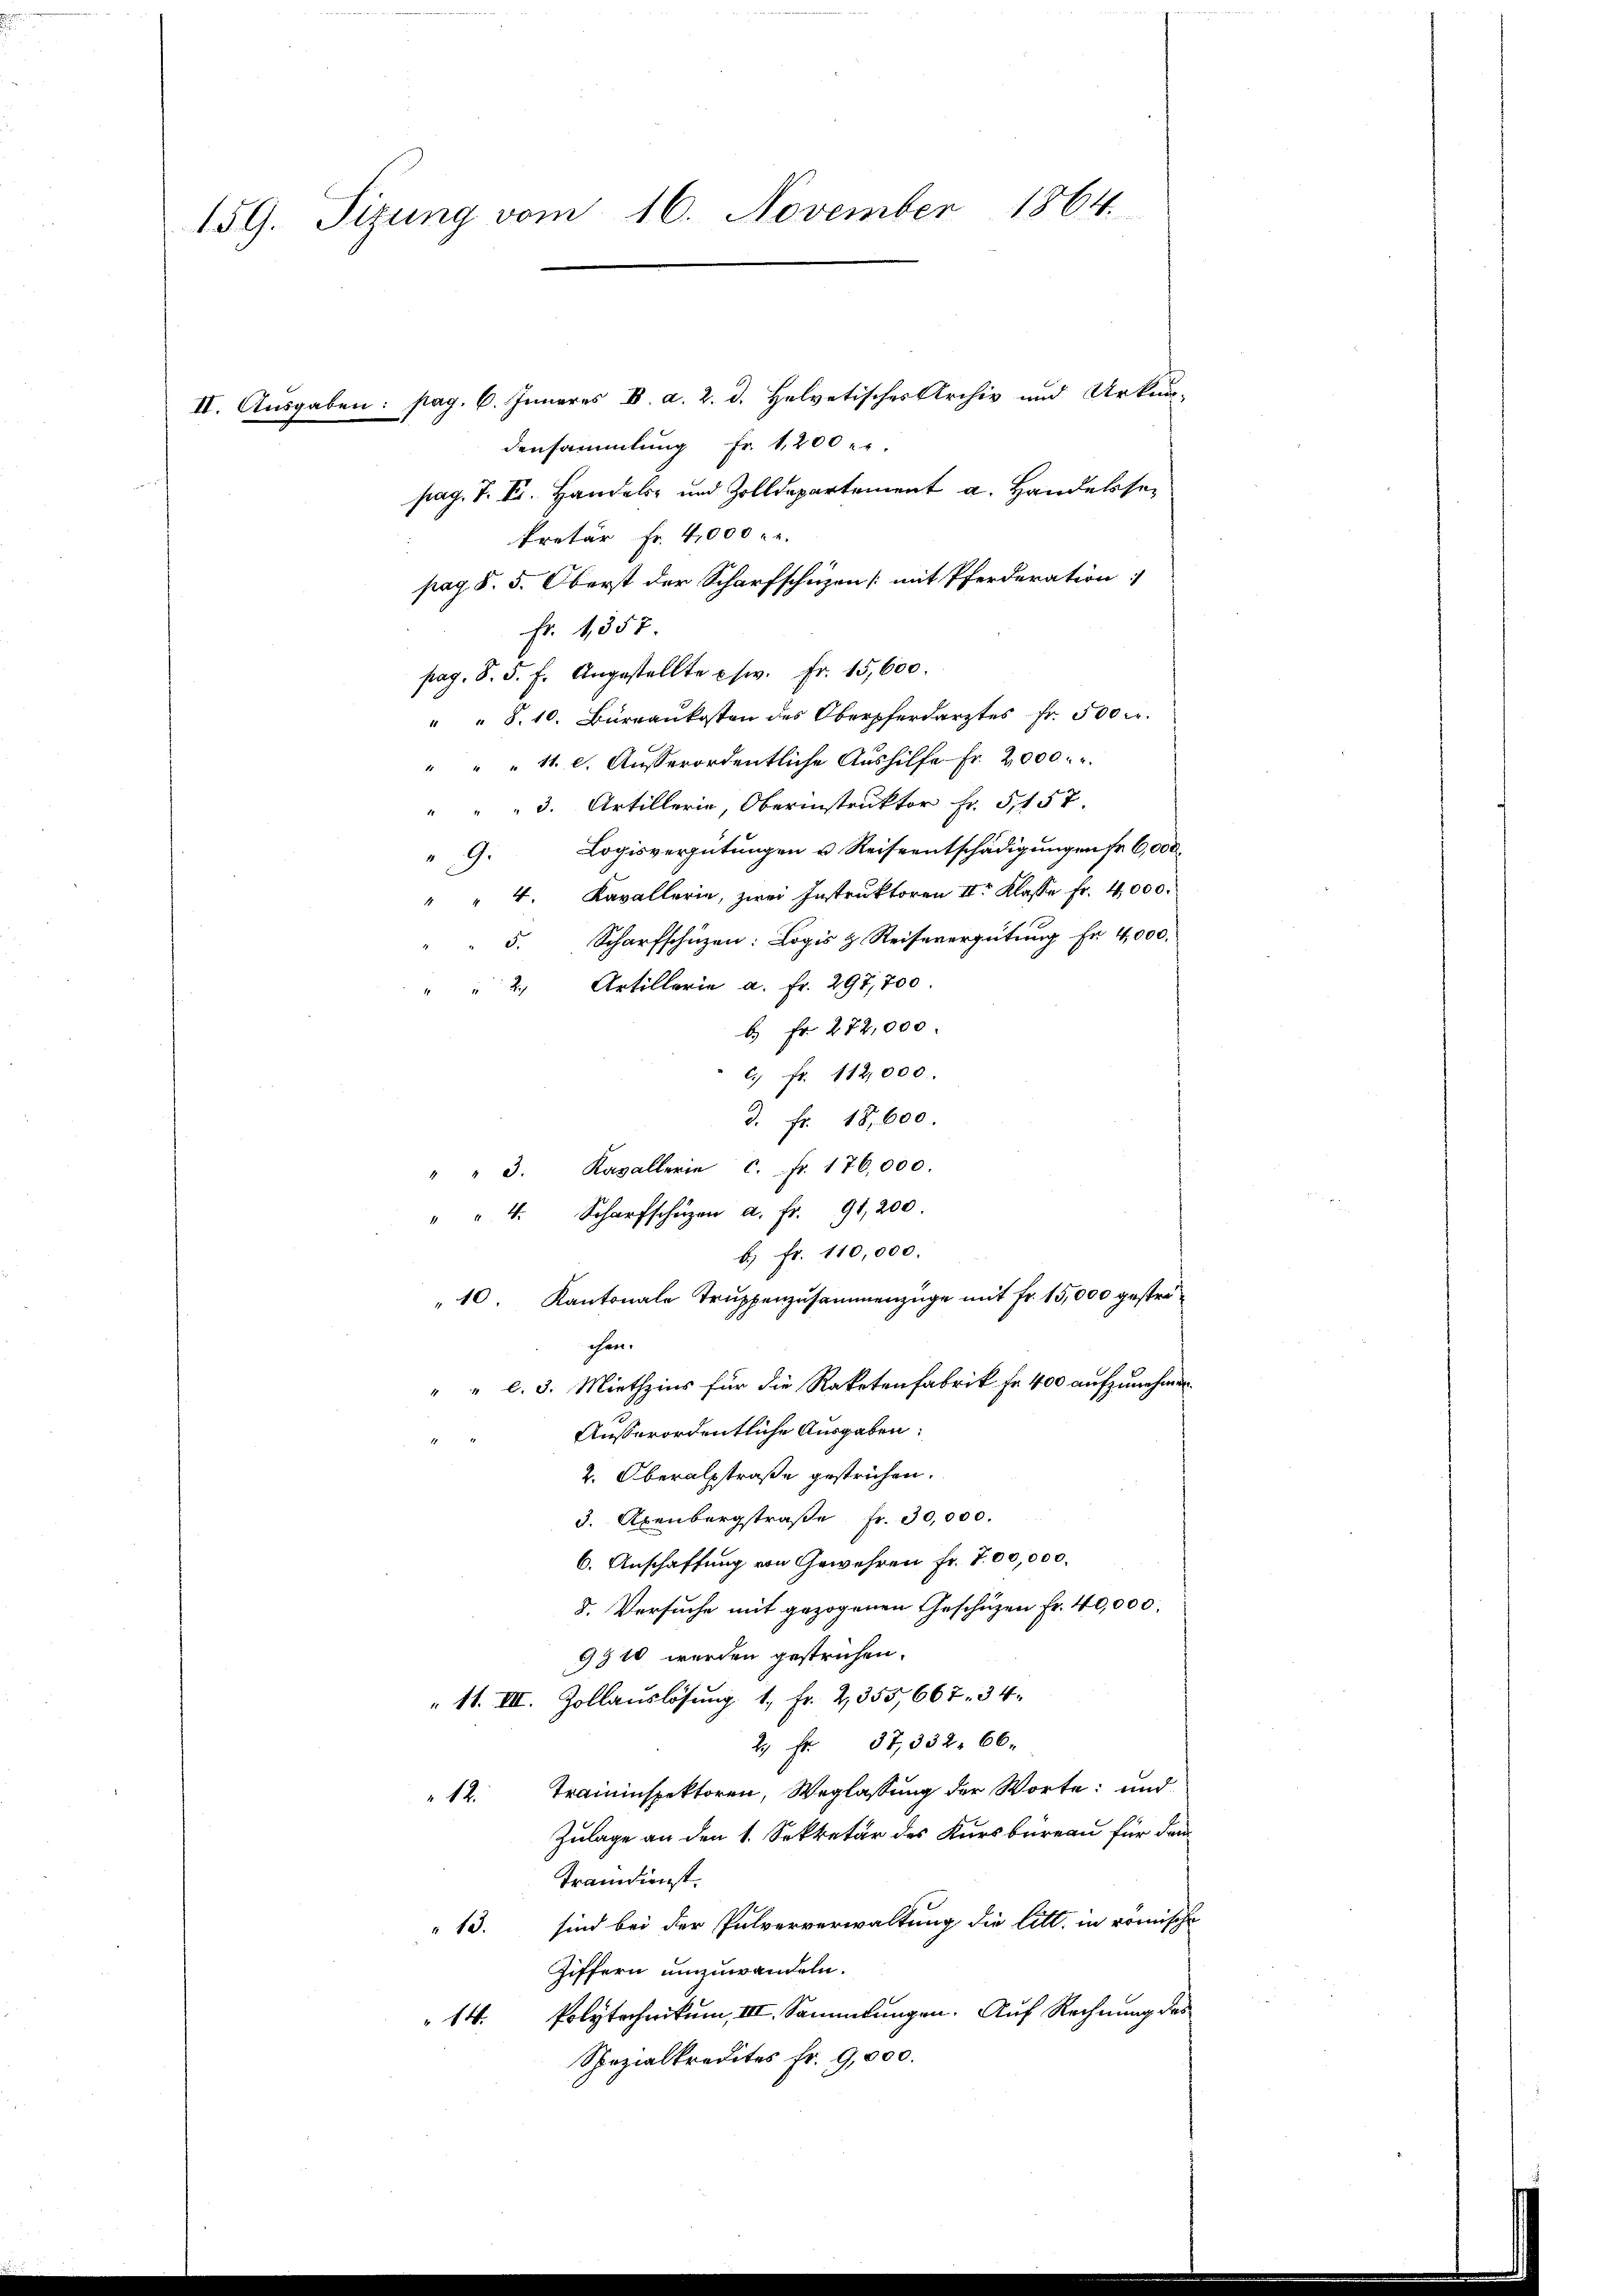
159. Sizung vom 16. November 1864.

II. Ausgaben: pag. 6. Inneres IV. a. 2. d. Helvetisches Archiv und Urkun-
densammlung Fr. 1200
pag. T. F. Handel und Zolldepartement a. Handelse
kretär Fr. 4,000 re
pag. §. 5. Oberst der Scharfschuzen [mit Pferderation
pag. 8. 5. f. Angestellte usw. Fr. 15,600.
" " 8. 10. Büreaukosten des Oberpferdarztes Fr. 500 Fr.
" " 11. c. Ausserordentliche Aushilfe Fr. 2000.
" " " 3. Artillerie, Oberinstruktor Fr. 5157.
9. Logisvergütungen u Reiseentschädigungen fr 6,000.
" 4. Kavallerie, zwei Instruktoren II. Klasse fr. 4000.
5. Scharfschüzen: Logis & Reisevergütung Fr. 4,000.
2., Artillerie a. Fr. 297,700
b. Fr. 272,000.
c. fr. 112,000.
d. fr. 18. 600.
" " 3. Kavallerie c. fr. 176,000.
" " 4. Scharfschüzen a. fr. 91,200.
b.) Fr. 110,000.
„10. Kantonale Truppenzusammenzüge mit Fr. 15,000 gestrichen.
" l. 3. Miethzins für die Raketenfabrik fr. 400 aufzunehmen.
Ausserordentliche Ausgaben:
2. Oberalstraße gestrichen.
3. Axenbergstraße Fr. 30,000.
6. Anschaffung von Gewehren fr. 700,000.
8. Versuche mit gezogenen Geschüzen Fr. 40,000.
9910 werden gestrichen.
" 11. III. Zollauslösung 1. Fr. 2, 355,667. 34.
2 Fr. 37, 332. 66.
12. Traininspektoren, Weglassung der Worte: und
Zulage an den 1. Sekretär des Kursbureau für dem
Tramdienst.
" 13. sind bei der Pulververwaltung die litt. in römische
Ziffern umzuwandeln.
14. Polytechnikum, III. Sammlungen. Auf Rechnung des
Spezialkredites fr. 9,000.

Fr. 1357.